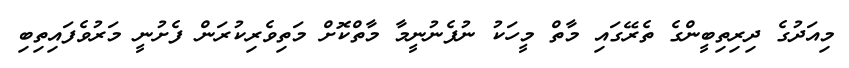
މިއަދުގެ ދިރިތިބީންގެ ތެރޭގައި މާތް މީހަކު ނުފެނުނީމާ މާތްކޮށް މަތިވެރިކުރަން ފެށުނީ މަރުވެފައިތިބި